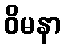
ဝိမနာ